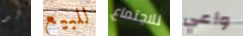
لو للبيع للاجتماع واعي